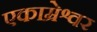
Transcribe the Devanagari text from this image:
एकाम्रेश्वर